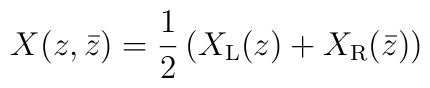
X(z,\bar z) = \frac{1}{2}\left(X_{\rm L}(z) + X_{\rm R}(\bar z)\right)